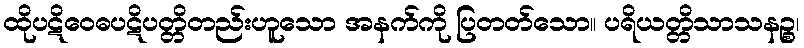
ထိုပဋိဝေဓပဋိပတ္တိတည်းဟူသော အနက်ကို ပြတတ်သော။ ပရိယတ္တိသာသနဉ္စ၊